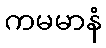
ကမမာနံ